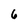
Character: 6